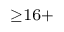
^ { \ge 1 6 + }